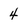
Character: 4